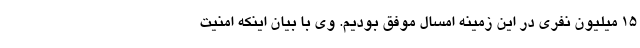
۱۵ میلیون نفری در این زمینه امسال موفق بودیم. وی با بیان اینکه امنیت